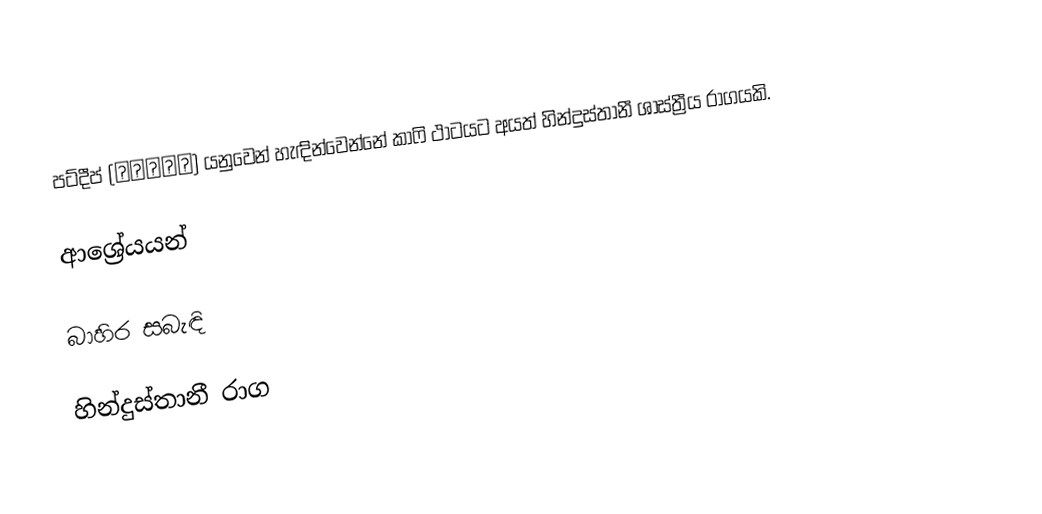
පට්දීප් (पटदीप) යනුවෙන් හැඳින්වෙන්නේ කාෆි ථාටයට අයත් හින්දුස්තානී ශාස්ත්‍රීය රාගයකි.

ආශ්‍රේයයන්

බාහිර සබැඳි

හින්දුස්තානී රාග